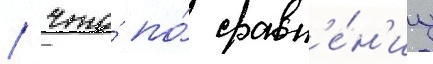
/ что́ по́ сравн'е́н'иу